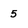
Character: 5